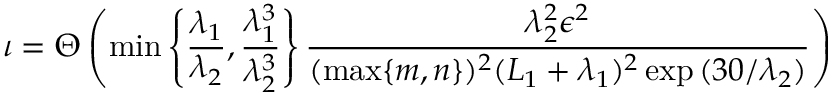
\iota = \Theta \left( \operatorname* { m i n } \left\{ \frac { \lambda _ { 1 } } { \lambda _ { 2 } } , \frac { \lambda _ { 1 } ^ { 3 } } { \lambda _ { 2 } ^ { 3 } } \right\} \frac { \lambda _ { 2 } ^ { 2 } \epsilon ^ { 2 } } { ( \operatorname* { m a x } \{ m , n \} ) ^ { 2 } ( L _ { 1 } + \lambda _ { 1 } ) ^ { 2 } \exp { ( 3 0 / \lambda _ { 2 } ) } } \right)